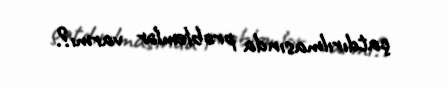
çatdırılmasında problemlər varmı?.